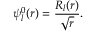
\psi _ { l } ^ { 0 } ( r ) = \frac { R _ { l } ( r ) } { \sqrt { r } } .